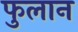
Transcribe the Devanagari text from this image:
फुलान